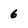
Character: 6